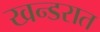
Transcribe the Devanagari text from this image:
खन्डरात